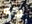
كنه